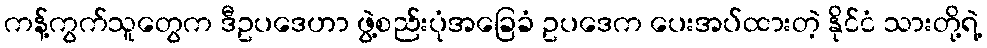
ကန့်ကွက်သူတွေက ဒီဥပဒေဟာ ဖွဲ့စည်းပုံအခြေခံ ဥပဒေက ပေးအပ်ထားတဲ့ နိုင်ငံ သားတို့ရဲ့